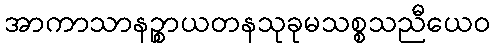
အာကာသာနဉ္စာယတနသုခုမသစ္စသညီယေဝ